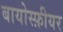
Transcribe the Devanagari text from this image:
बायोस्फ़ीयर